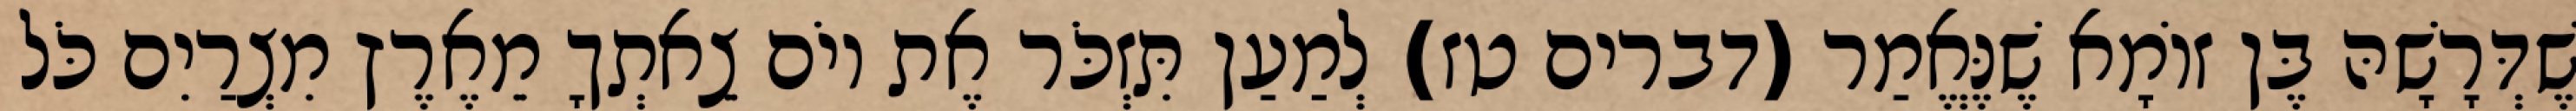
שֶׁדְּרָשָׁהּ בֶּן זוֹמָא שֶׁנֶּאֱמַר (דברים טז) לְמַעַן תִּזְכֹּר אֶת יוֹם צֵאתְךָ מֵאֶרֶץ מִצְרַיִם כֹּל